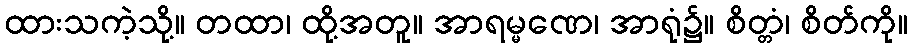
ထားသကဲ့သို့။ တထာ၊ ထို့အတူ။ အာရမ္မဏေ၊ အာရုံ၌။ စိတ္တံ၊ စိတ်ကို။